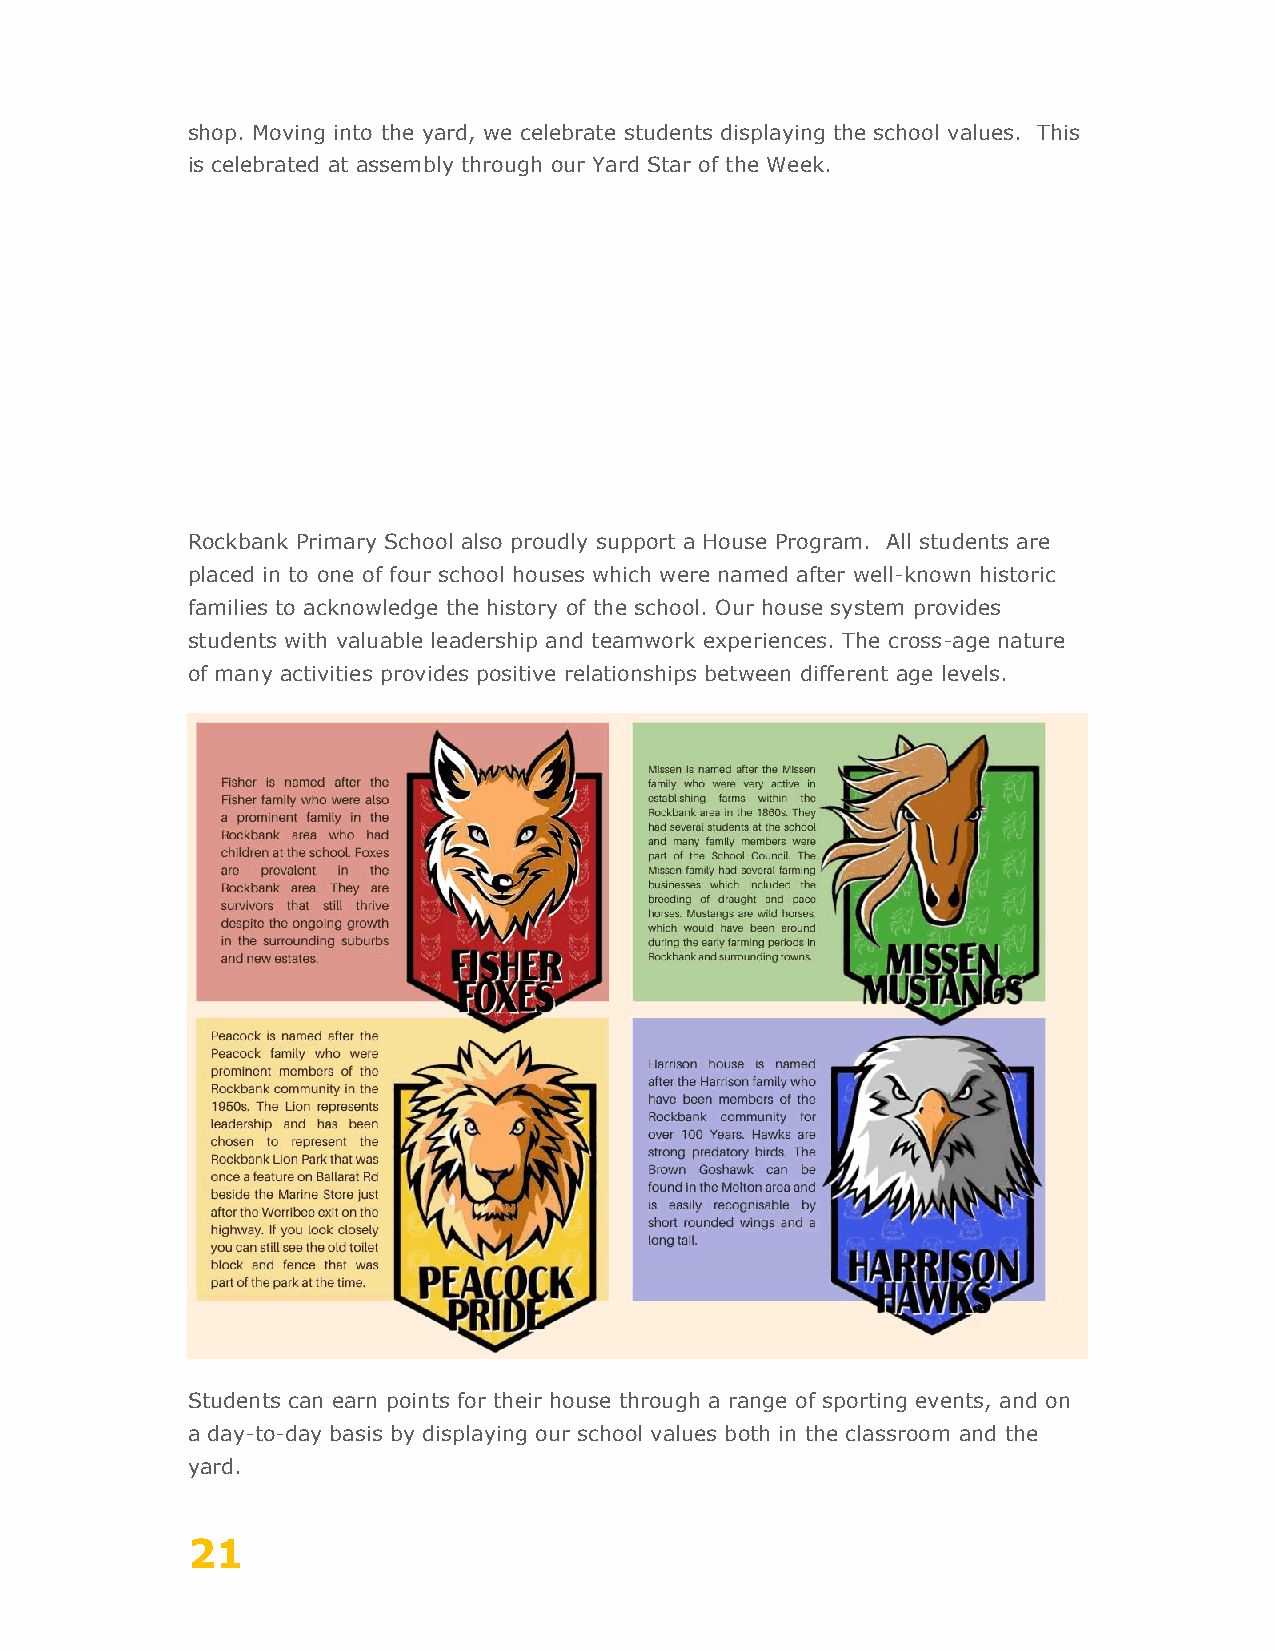
shop. Moving into the yard, we celebrate students displaying the school values. This
 is celebrated at assembly through our Yard Star of the Week.
 Rockbank Primary School also proudly support a House Program. All students are
 placed in to one of four school houses which were named after well-known historic
 families to acknowledge the history of the school. Our house system provides
 students with valuable leadership and teamwork experiences. The cross-age nature
 of many activities provides positive relationships between different age levels.
 Students can earn points for their house through a range of sporting events, and on
 a day-to-day basis by displaying our school values both in the classroom and the
 yard.
 21